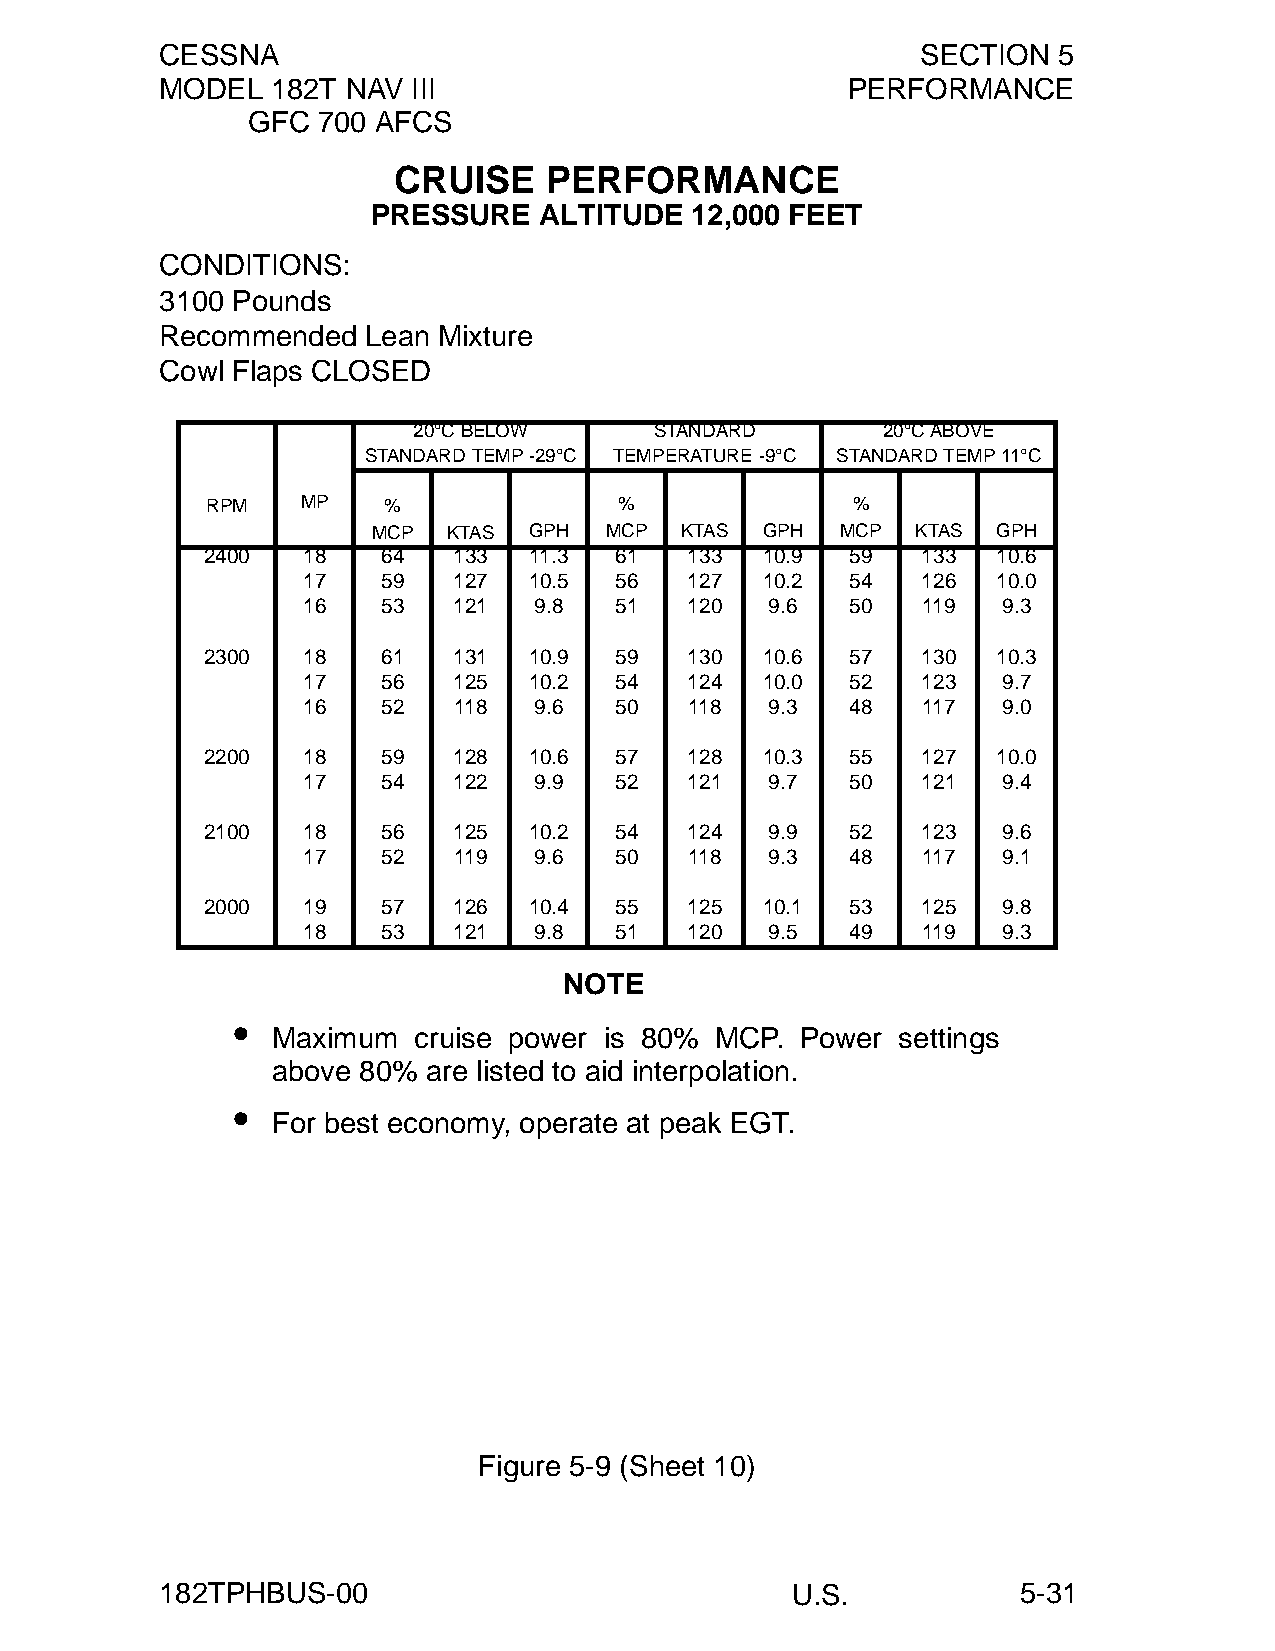
CESSNA                                            SECTION  5
 MODEL  182T NAV III                          PERFORMANCE
 GFC  700 AFCS
 CRUISE    PERFORMANCE
 PRESSURE   ALTITUDE  12,000 FEET
 CONDITIONS:
 3100 Pounds
 Recommended  Lean Mixture
 Cowl Flaps CLOSED
 20°C BELOW      STANDARD       20°C ABOVE
 STANDARD TEMP -29°C TEMPERATURE -9°C STANDARD TEMP 11°C
 RPM   MP   %               %              %
 MCP  KTAS GPH  MCP  KTAS GPH   MCP  KTAS GPH
 2400   18   64   133  11.3  61   133 10.9  59   133  10.6
 17   59   127  10.5  56   127 10.2  54   126  10.0
 16   53   121  9.8   51   120  9.6  50   119  9.3
 2300   18   61   131  10.9  59   130 10.6  57   130  10.3
 17   56   125  10.2  54   124 10.0  52   123  9.7
 16   52   118  9.6   50   118  9.3  48   117  9.0
 2200   18   59   128  10.6  57   128 10.3  55   127  10.0
 17   54   122  9.9   52   121  9.7  50   121  9.4
 2100   18   56   125  10.2  54   124  9.9  52   123  9.6
 17   52   119  9.6   50   118  9.3  48   117  9.1
 2000   19   57   126  10.4  55   125 10.1  53   125  9.8
 18   53   121  9.8   51   120  9.5  49   119  9.3
 NOTE
 •
 Maximum  cruise power is 80% MCP.  Power  settings
 above 80% are listed to aid interpolation.
 •
 For best economy, operate at peak EGT.
 Figure 5-9 (Sheet 10)
 182TPHBUS-00                             U.S.            5-31